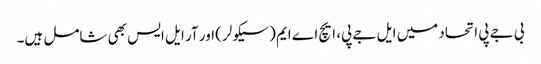
بی جے پی اتحاد میں ایل جے پی، ایچ اے ایم (سیکولر) اور آر ایل ایس بھی شامل ہیں۔